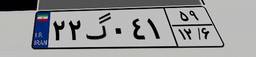
۲۲گ۰۴۱۵۹